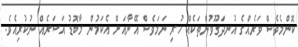
ކޮންމެވެސް ވަރެއްގެ އުނދަގޫވުންތަކެއް ހުރި ނަމަވެސް އޭނާއަށް އެކަމުން މާބޮޑު އަސަރެއް ނުކުރިއެވެ.